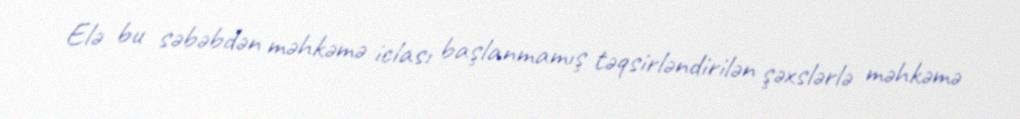
Elə bu səbəbdən məhkəmə iclası başlanmamış təqsirləndirilən şəxslərlə məhkəmə